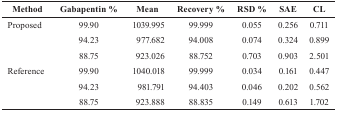
<table><thead><tr><td><b>Method</b></td><td><b>Gabapentin %</b></td><td><b>Mean</b></td><td><b>Recovery %</b></td><td><b>RSD %</b></td><td><b>SAE</b></td><td><b>CL</b></td></tr></thead><tbody><tr><td rowspan="3">Proposed</td><td>99.90</td><td>1039.995</td><td>99.999</td><td>0.055</td><td>0.256</td><td>0.711</td></tr><tr><td>94.23</td><td>977.682</td><td>94.008</td><td>0.074</td><td>0.324</td><td>0.899</td></tr><tr><td>88.75</td><td>923.026</td><td>88.752</td><td>0.703</td><td>0.903</td><td>2.501</td></tr><tr><td rowspan="3">Reference</td><td>99.90</td><td>1040.018</td><td>99.999</td><td>0.034</td><td>0.161</td><td>0.447</td></tr><tr><td>94.23</td><td>981.791</td><td>94.403</td><td>0.046</td><td>0.202</td><td>0.562</td></tr><tr><td>88.75</td><td>923.888</td><td>88.835</td><td>0.149</td><td>0.613</td><td>1.702</td></tr></tbody></table>